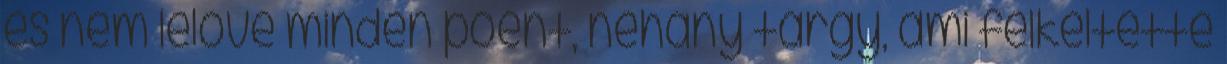
és nem lelőve minden poént, néhány tárgy, ami felkeltette